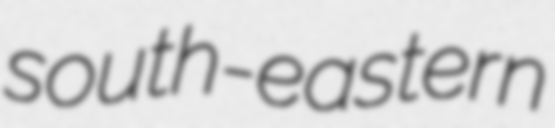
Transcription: south-eastern